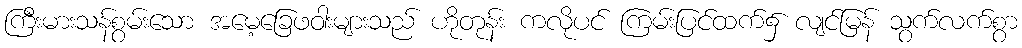
ကြီးမားသန်စွမ်းသော အမေ့ခြေဖဝါးများသည် ဟိုတုန်း ကလိုပင် ကြမ်းပြင်ထက်၌ လျင်မြန် သွက်လက်စွာ